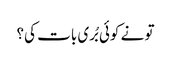
تو نے کوئی بُری بات کی؟